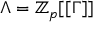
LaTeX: \Lambda = \mathbb { Z } _ { p } [ [ \Gamma ] ]